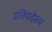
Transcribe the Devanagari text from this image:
प्रतिपदेसच